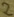
Text: 2